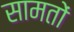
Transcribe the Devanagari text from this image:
सामतों